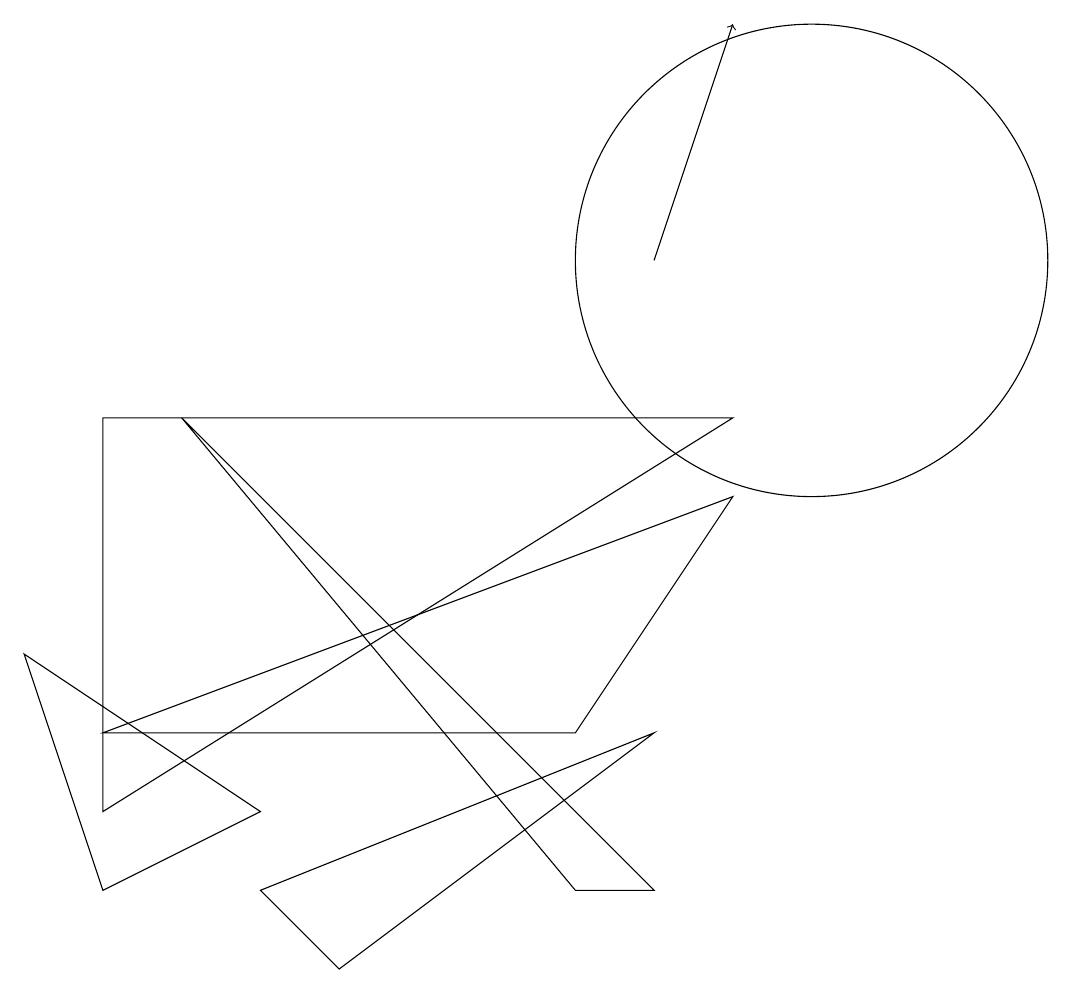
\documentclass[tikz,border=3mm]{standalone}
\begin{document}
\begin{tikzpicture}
\draw[->] (8,10) -- (9,13);
\draw (10,10) circle (3);
\draw (2,8) -- (7,2) -- (8,2) -- cycle;
\draw (4,1) -- (3,2) -- (8,4) -- cycle;
\draw (7,4) -- (9,7) -- (1,4) -- cycle;
\draw (9,8) -- (1,3) -- (1,8) -- cycle;
\draw (0,5) -- (3,3) -- (1,2) -- cycle;
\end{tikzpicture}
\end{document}